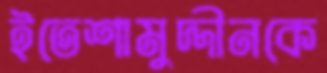
ইতেশামুদ্দীনকে